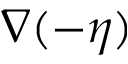
\nabla ( - \eta )